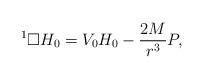
LaTeX: \begin{align*}{}^1\Box H_0=V_0H_0-\frac{2M}{r^3}P,\end{align*}